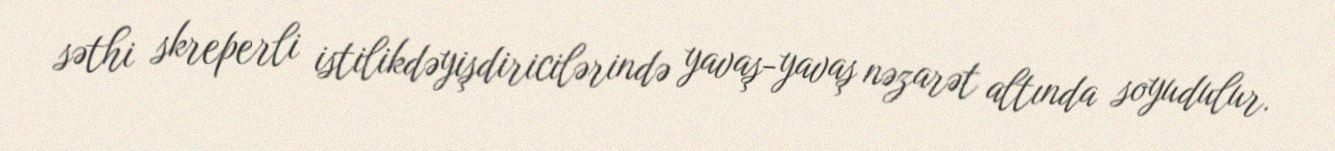
səthi skreperli istilikdəyişdiricilərində yavaş-yavaş nəzarət altında soyudulur.